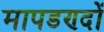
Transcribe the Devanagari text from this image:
मापडण्दों